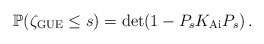
\begin{align*} \mathbb{P}( \zeta_{\rm GUE} \leq s) = \det (1 - P_s K_{\mathrm{Ai}} P_s)\,.\end{align*}